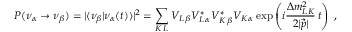
P ( \nu _ { \alpha } \rightarrow \nu _ { \beta } ) = | \langle \nu _ { \beta } | \nu _ { \alpha } ( t ) \rangle | ^ { 2 } = \sum _ { K \, L } V _ { L \, \beta } V _ { L \, \alpha } ^ { * } V _ { K \, \beta } ^ { * } V _ { K \, \alpha } \exp \left( i \frac { \Delta m _ { L K } ^ { 2 } } { 2 | \vec { p } | } \, t \right) \; ,